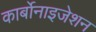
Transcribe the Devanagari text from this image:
कार्बोनाइजेशन